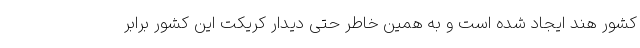
کشور هند ایجاد شده است و به همین خاطر حتی دیدار کریکت این کشور برابر